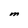
Character: M